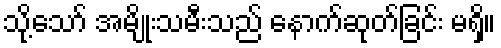
သို့သော် အမျိုးသမီးသည် နောက်ဆုတ်ခြင်း မရှိ။